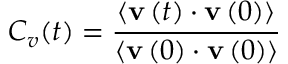
C _ { v } ( t ) = \frac { \left< { \bf v } \left( t \right) \cdot { \bf v } \left( 0 \right) \right> } { \left< { \bf v } \left( 0 \right) \cdot { \bf v } \left( 0 \right) \right> }